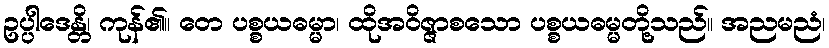
ဥပ္ပါဒေန္တိ၊ ကုန်၏။ တေ ပစ္စယဓမ္မာ၊ ထိုအဝိဇ္ဇာစသော ပစ္စယဓမ္မတို့သည်။ အညမညံ၊